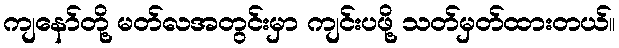
ကျနော်တို့ မတ်လအတွင်းမှာ ကျင်းပဖို့ သတ်မှတ်ထားတယ်။